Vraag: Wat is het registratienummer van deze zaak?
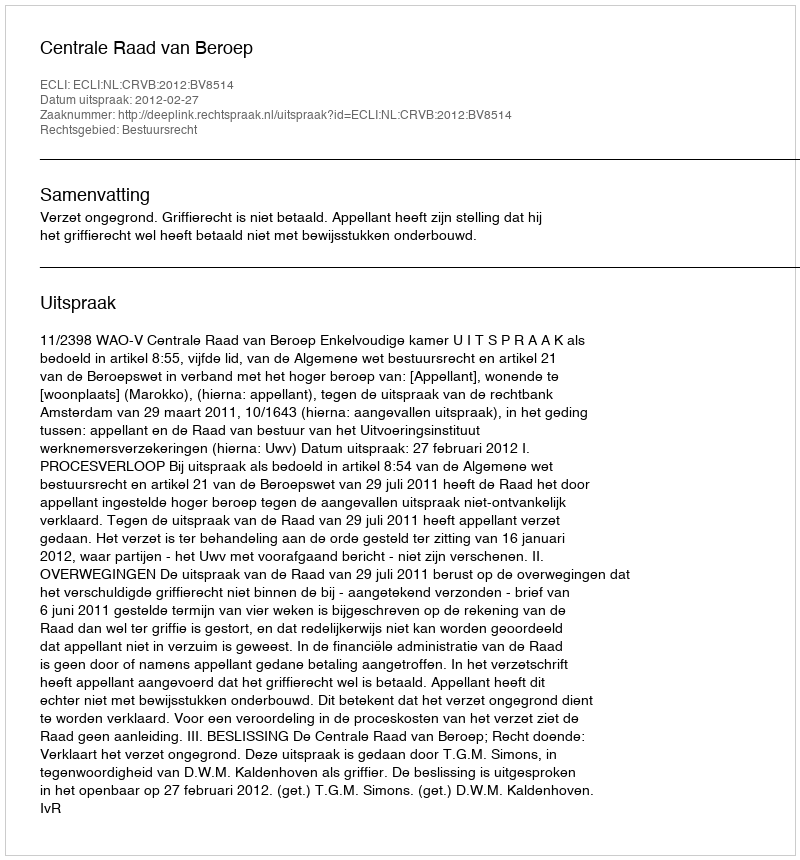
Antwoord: http://deeplink.rechtspraak.nl/uitspraak?id=ECLI:NL:CRVB:2012:BV8514